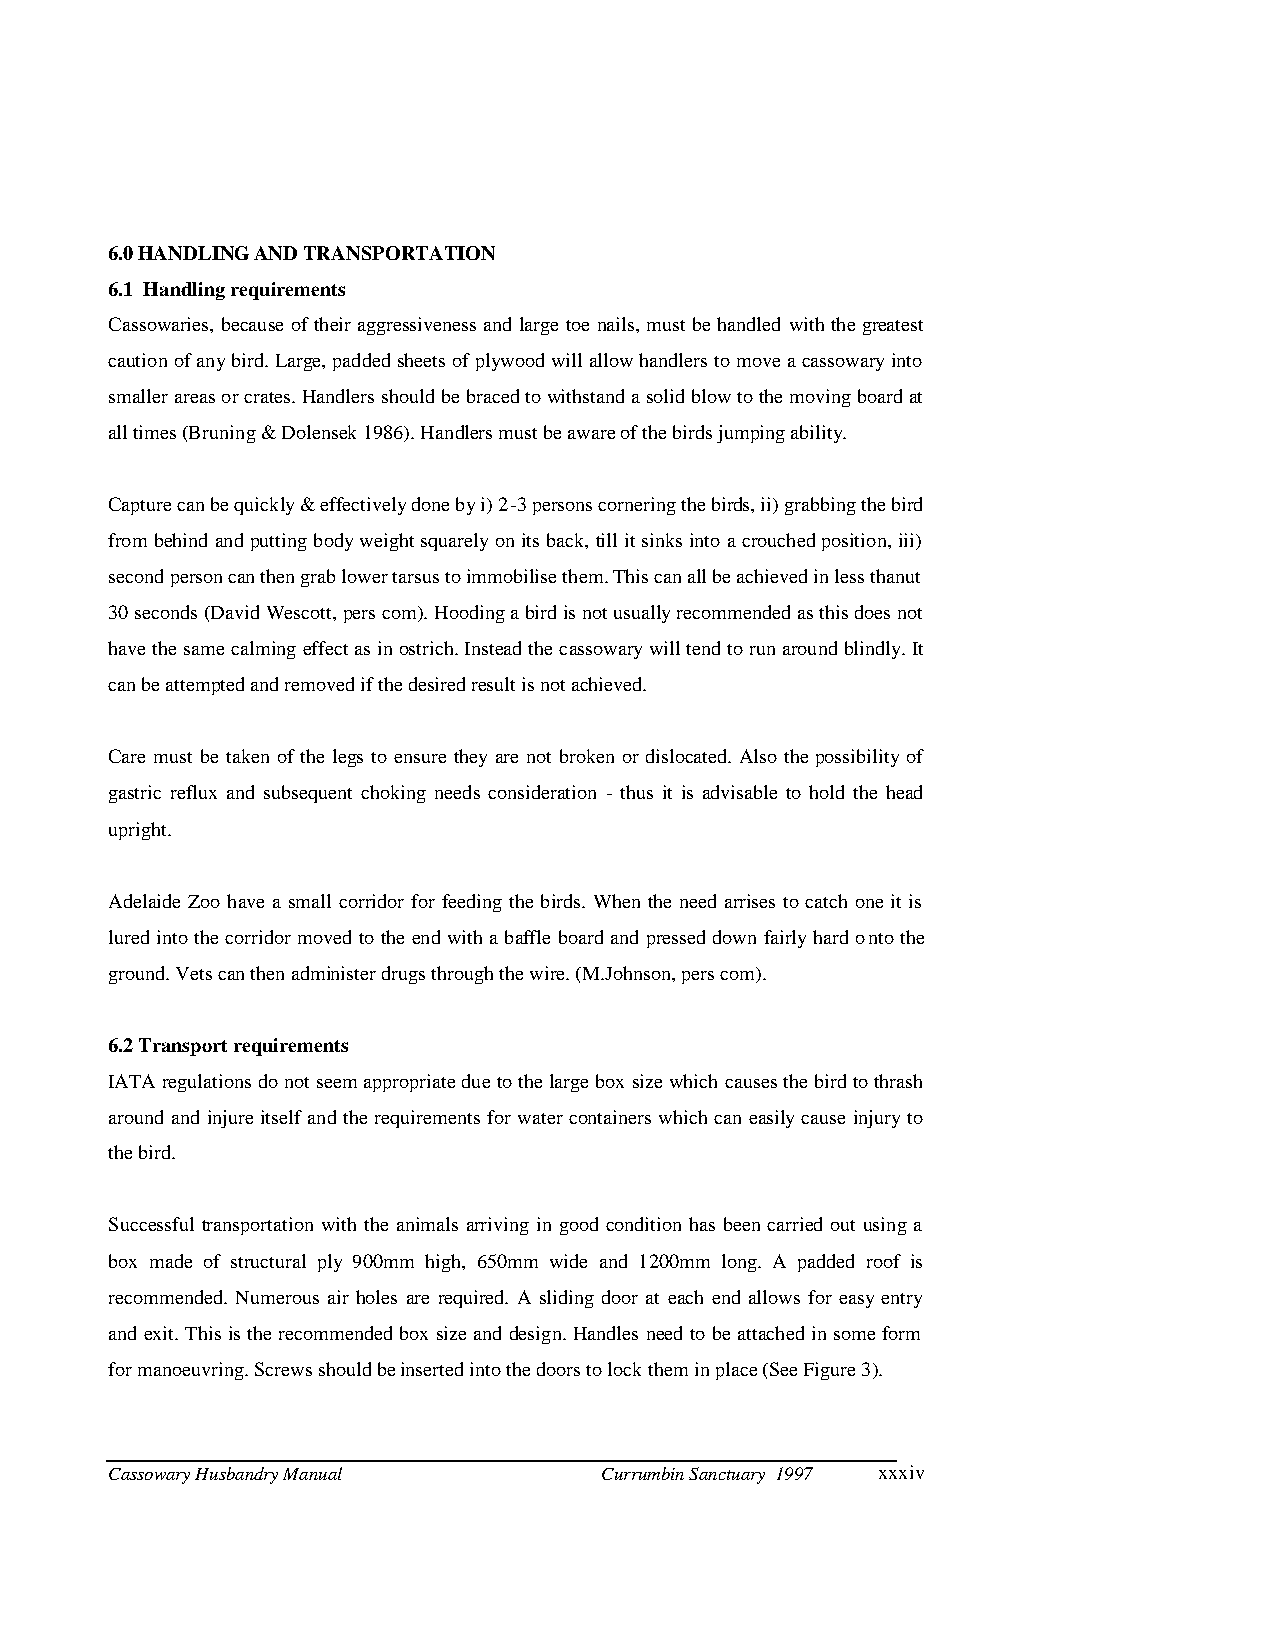
6.0 HANDLING AND TRANSPORTATION
 6.1 Handling requirements
 Cassowaries, because of their aggressiveness and large toe nails, must be handled with the greatest
 caution of any bird. Large, padded sheets of plywood will allow handlers to move a cassowary into
 smaller areas or crates. Handlers should be braced to withstand a solid blow to the moving board at
 all times (Bruning & Dolensek 1986). Handlers must be aware of the birds jumping ability.
 Capture can be quickly & effectively done by i) 2-3 persons cornering the birds, ii) grabbing the bird
 from behind and putting body weight squarely on its back, till it sinks into a crouched position, iii)
 second person can then grab lower tarsus to immobilise them. This can all be achieved in less thanut
 30 seconds (David Wescott, pers com). Hooding a bird is not usually recommended as this does not
 have the same calming effect as in ostrich. Instead the c assowary will tend to run around blindly. It
 can be attempted and removed if the desired result is not achieved.
 Care must be taken of the legs to ensure they are not broken or dislocated. Also the possibility of
 gastric reflux and subsequent choking need s consideration - thus it is advisable to hold the head
 upright.
 Adelaide Zoo have a small corridor for feeding the birds. When the need arrises to catch one it is
 lured into the corridor moved to the end with a baffle board and pressed down fairly hard o nto the
 ground. Vets can then administer drugs through the wire. (M.Johnson, pers com).
 6.2 Transport requirements
 IATA regulations do not seem appropriate due to the large box size which causes the bird to thrash
 around and injure itself and the requir ements for water containers which can easily cause injury to
 the bird.
 Successful transportation with the animals arriving in good condition has been carried out using a
 box made of structural ply 900mm high, 650mm wide and 1200mm long. A padded roof is
 recommended. Numerous air holes are required. A sliding door at each end allows for easy entry
 and exit. This is the recommended box size and design. Handles need to be attached in some form
 for manoeuvring. Screws should be inserted into the doors to lock them in place (See Figure 3).
 Cassowary Husbandry Manual       Currumbin Sanctuary 1997 xxxiv